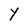
Character: y